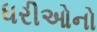
ધરીઓનો